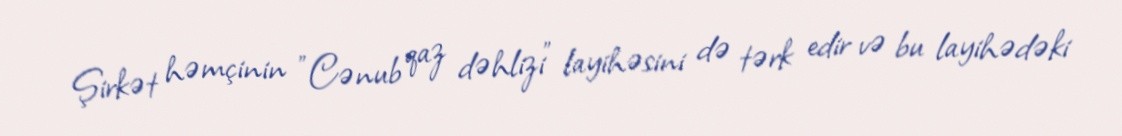
Şirkət həmçinin "Cənub qaz dəhlizi" layihəsini də tərk edir və bu layihədəki